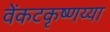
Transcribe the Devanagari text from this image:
वेंकटकृष्णय्या